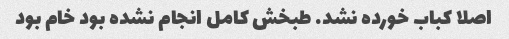
اصلا کباب خورده نشد. طبخش کامل انجام نشده بود خام بود